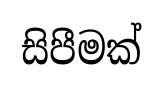
සිපීමක්